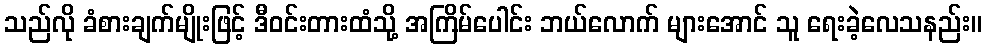
သည်လို ခံစားချက်မျိုးဖြင့် ဒီဝင်းတားထံသို့ အကြိမ်ပေါင်း ဘယ်လောက် များအောင် သူ ရေးခဲ့လေသနည်း။